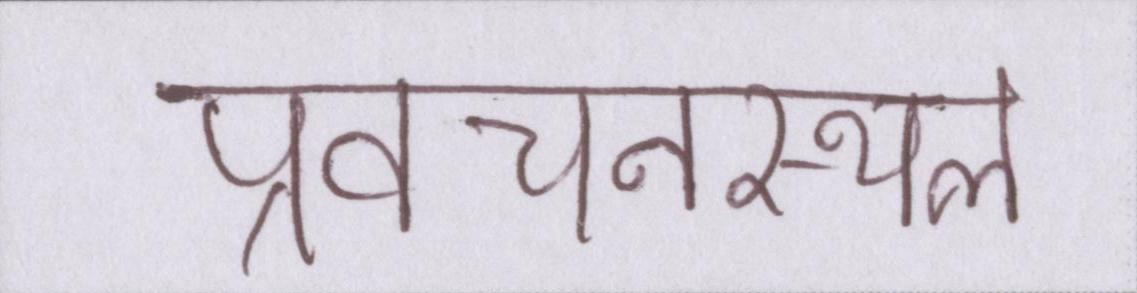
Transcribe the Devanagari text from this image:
प्रवचनस्थल